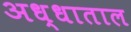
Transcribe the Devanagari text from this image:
अध्धाताल